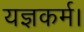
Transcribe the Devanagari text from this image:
यज्ञकर्म।